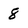
Character: 8